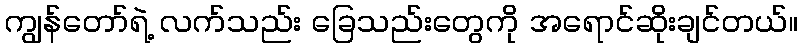
ကျွန်တော်ရဲ့ လက်သည်း ခြေသည်းတွေကို အရောင်ဆိုးချင်တယ်။